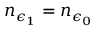
n _ { \epsilon _ { 1 } } = n _ { \epsilon _ { 0 } }